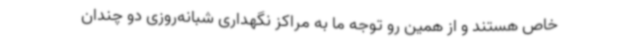
خاص هستند و از همین رو توجه ما به مراکز نگهداری شبانه‌روزی دو چندان